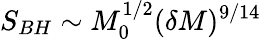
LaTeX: S_{BH}\sim M_{0}^{1/2}(\delta M)^{9/14}